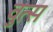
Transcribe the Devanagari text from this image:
वुत्स